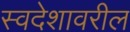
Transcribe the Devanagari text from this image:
स्वदेशावरील